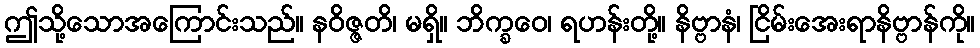
ဤသို့သောအကြောင်းသည်။ နဝိဇ္ဇတိ၊ မရှိ။ ဘိက္ခဝေ၊ ရဟန်းတို့။ နိဗ္ဗာနံ၊ ငြိမ်းအေးရာနိဗ္ဗာန်ကို။